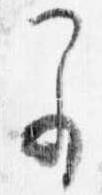
早